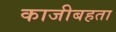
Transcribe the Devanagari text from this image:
काजीबहता